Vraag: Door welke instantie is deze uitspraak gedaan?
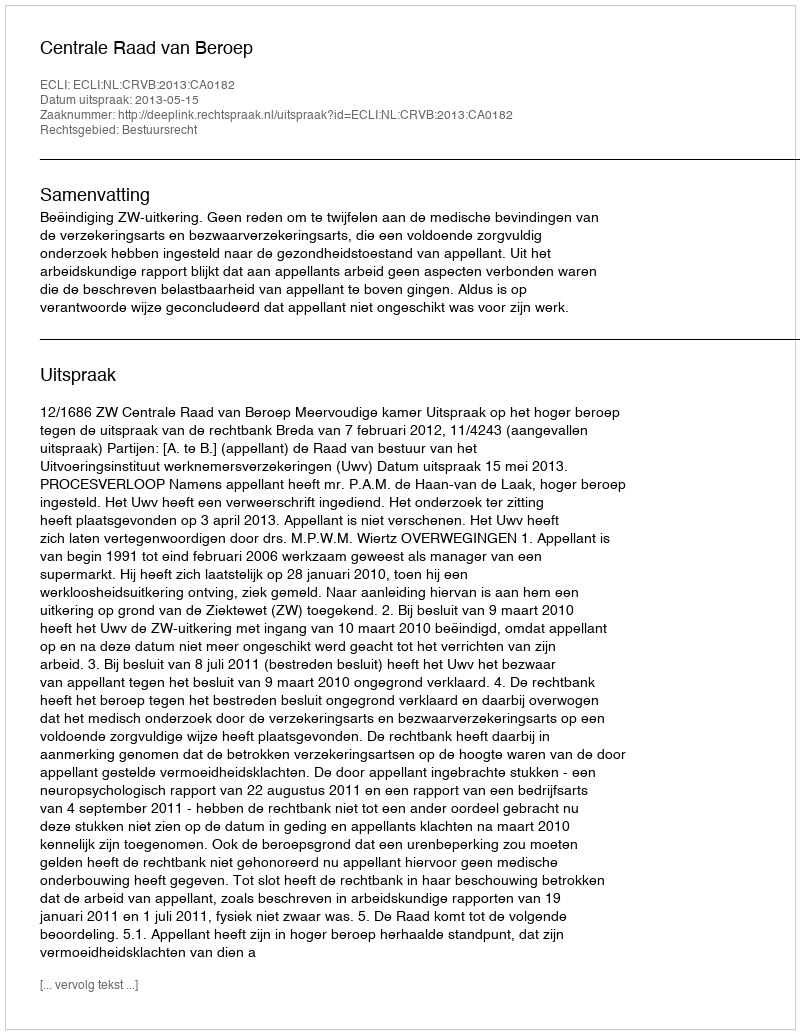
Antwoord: Centrale Raad van Beroep